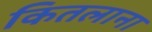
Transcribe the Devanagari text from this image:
कितलाना